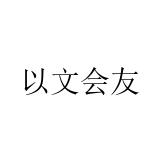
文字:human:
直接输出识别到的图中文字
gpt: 以文会友